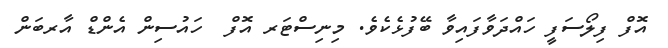
އޮފް ފިލޯސަފީ ހައްދަވާފައިވާ ބޭފުޅެކެވެ. މިނިސްޓަރ އޮފް  ހައުސިން އެންޑް އާރބަން